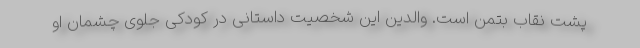
پشت نقاب بتمن است. والدین این شخصیت داستانی در کودکی جلوی چشمان او